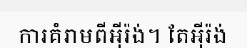
ការគំរាមពីអ៊ីរ៉ង់។ តែអ៊ីរ៉ង់